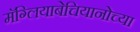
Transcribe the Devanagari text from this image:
मॅग्लियाबेचियानोच्या